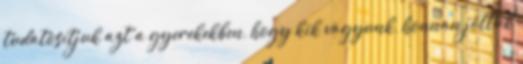
tudatosítjuk azt a gyerekekben, hogy kik vagyunk, honnan jöttük